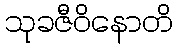
သုခဇီဝိနောတိ